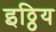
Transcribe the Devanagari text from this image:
इठ्ठिय